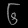
Digit: ၆